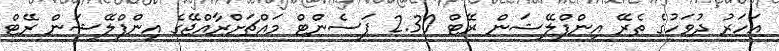
އަހަރު ދުވަހުގެ ތެރޭ އިންފްލޭޝަން ރޭޓް 2.30 ޕަސެންޓް މައްޗަށްރާއްޖޭގެ އިންފްލޭޝަން ރޭޓް